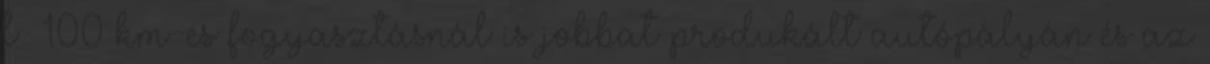
l 100 km-es fogyasztásnál is jobbat produkált autópályán és az